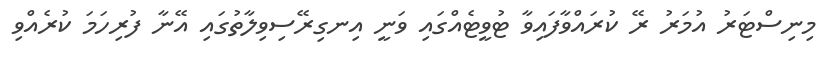
މިނިސްޓަރު އުމަރު ރޭ ކުރައްވާފައިވާ ޓުވީޓެއްގައި ވަނީ އިނގިރޭސިވިލާތުގައި އޭނާ ފުރިހަމަ ކުރެއްވި